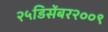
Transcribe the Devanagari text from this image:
२५डिसेंबर२००९